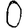
Digit: 0